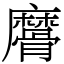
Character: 䯢